342_HS1-416511228_319.1 Flying Discs 1949
Agency: Department of War
Incident date: 1/9/50
Page 126
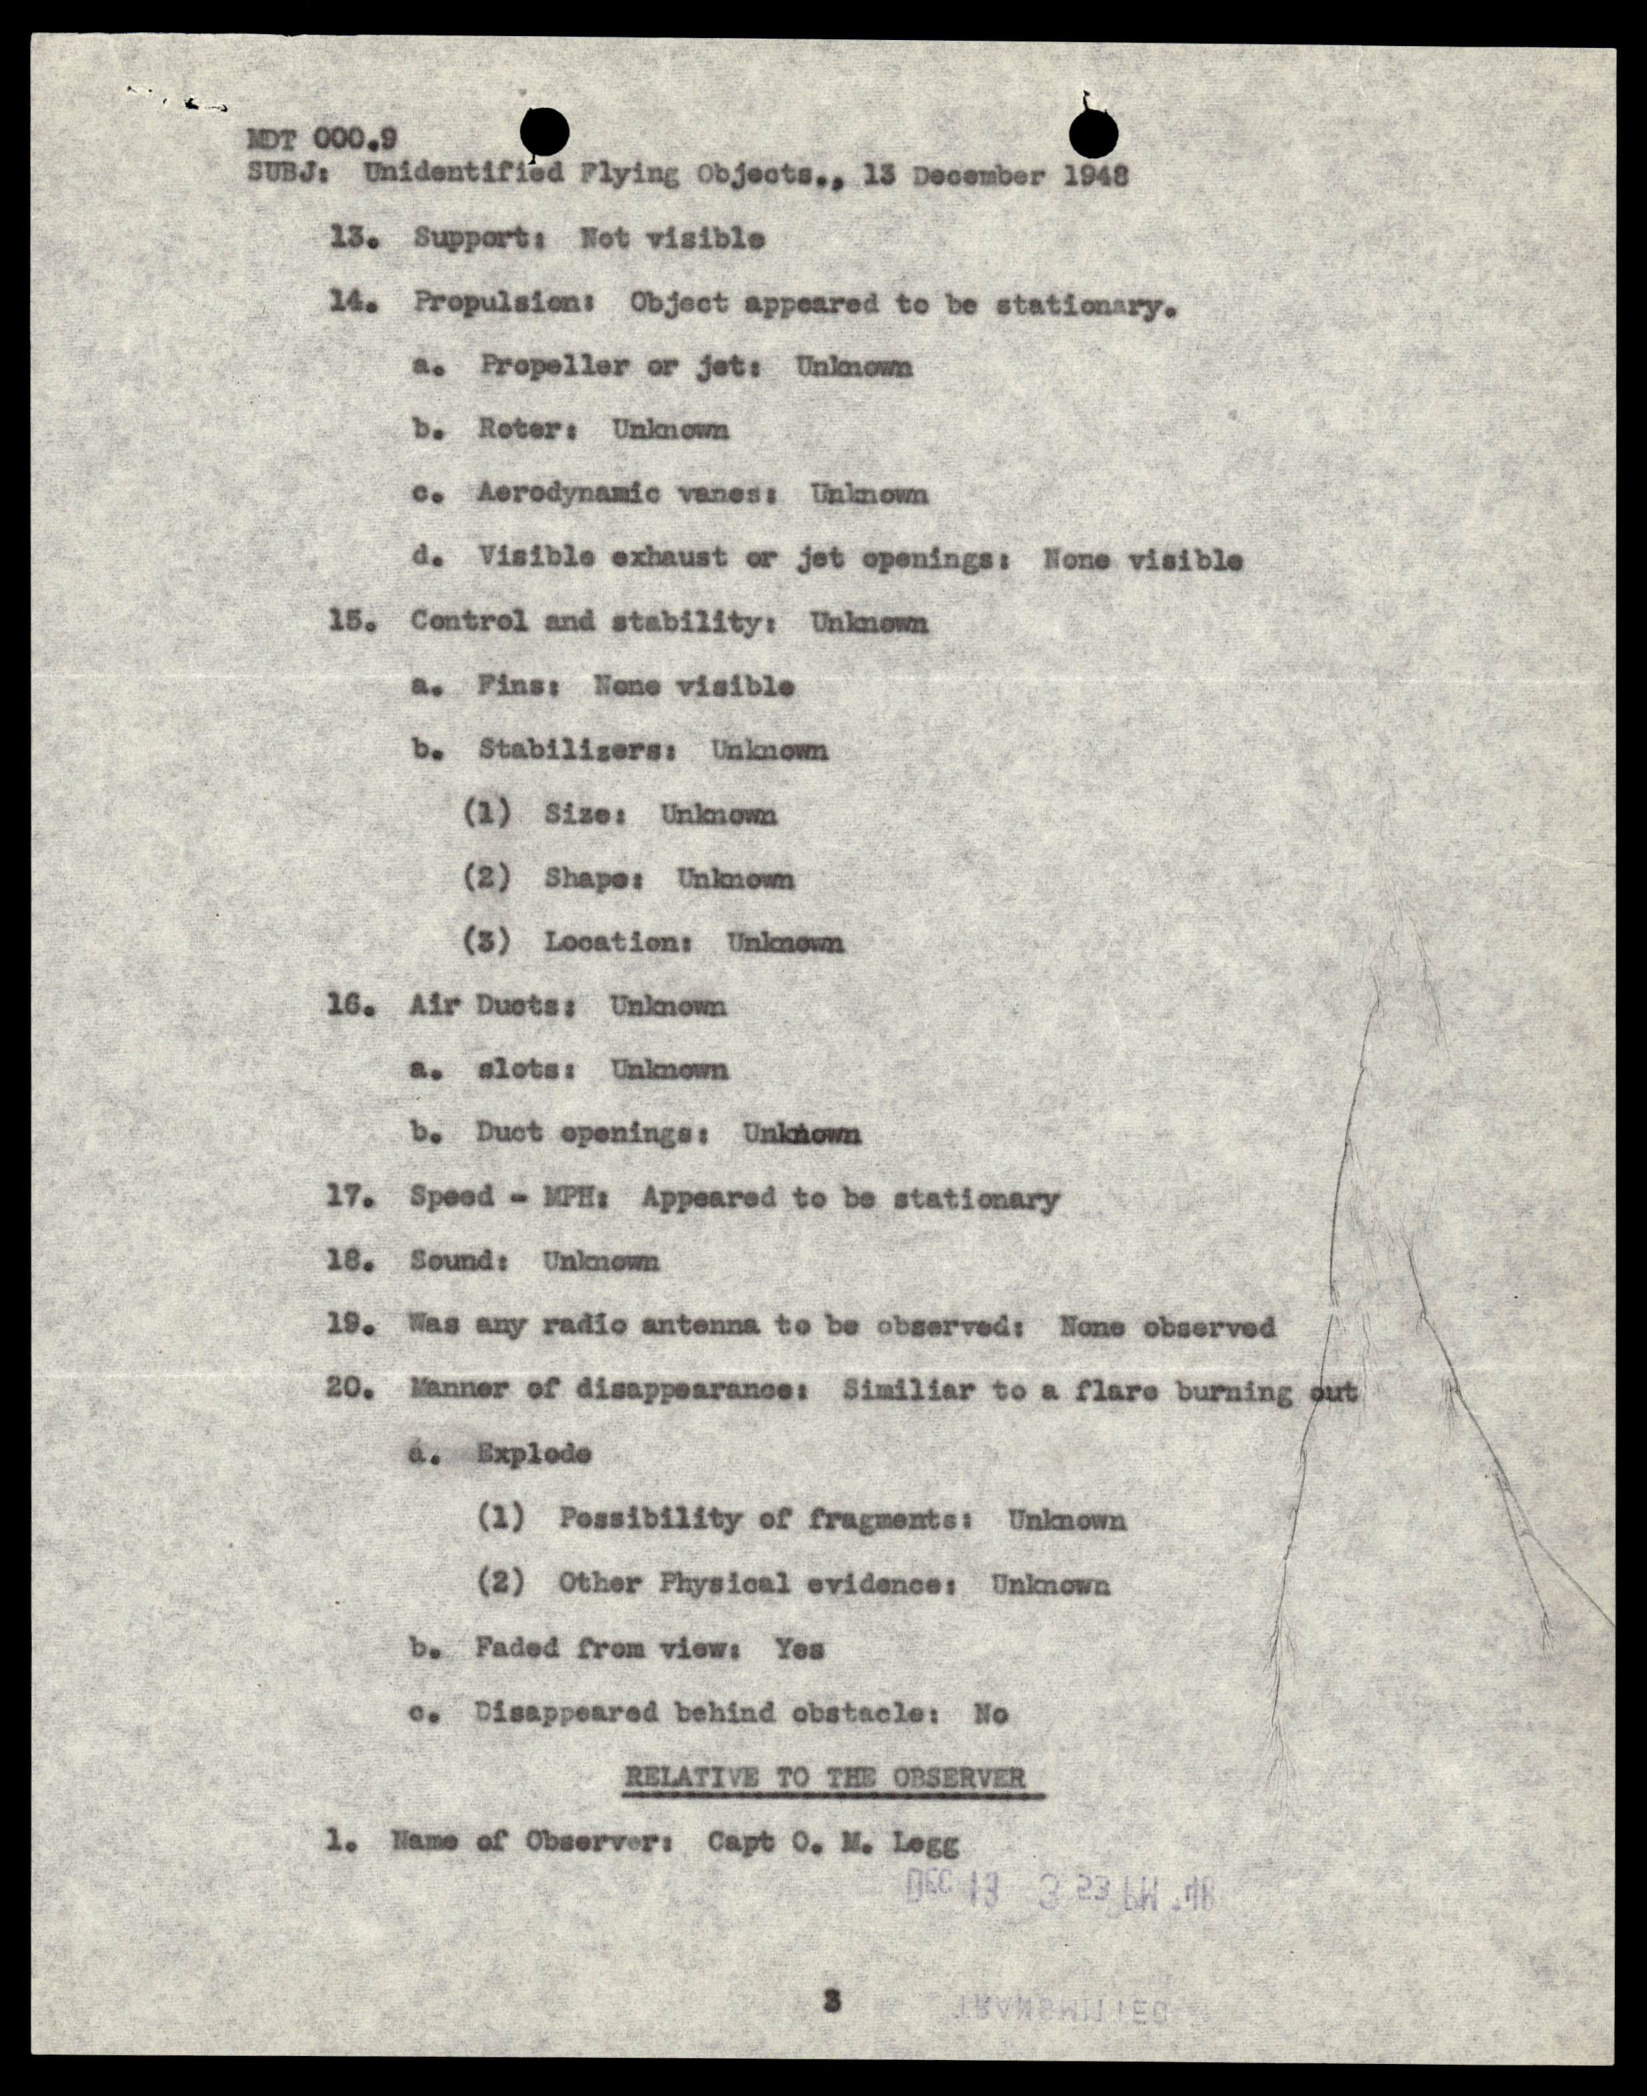